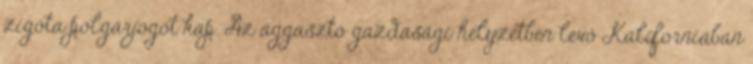
zigóta polgárjogot kap. Az aggasztó gazdasági helyzetben levő Kaliforniában